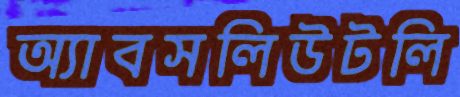
অ্যাবসলিউটলি